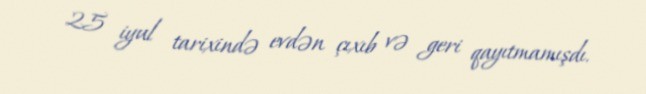
25 iyul tarixində evdən çıxıb və geri qayıtmamışdı.